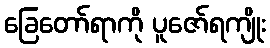
ခြေတော်ရာကို ပူဇော်ရကျိုး